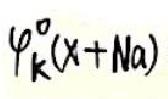
\(\varphi_{k}^{\sigma}(x + Na)\)